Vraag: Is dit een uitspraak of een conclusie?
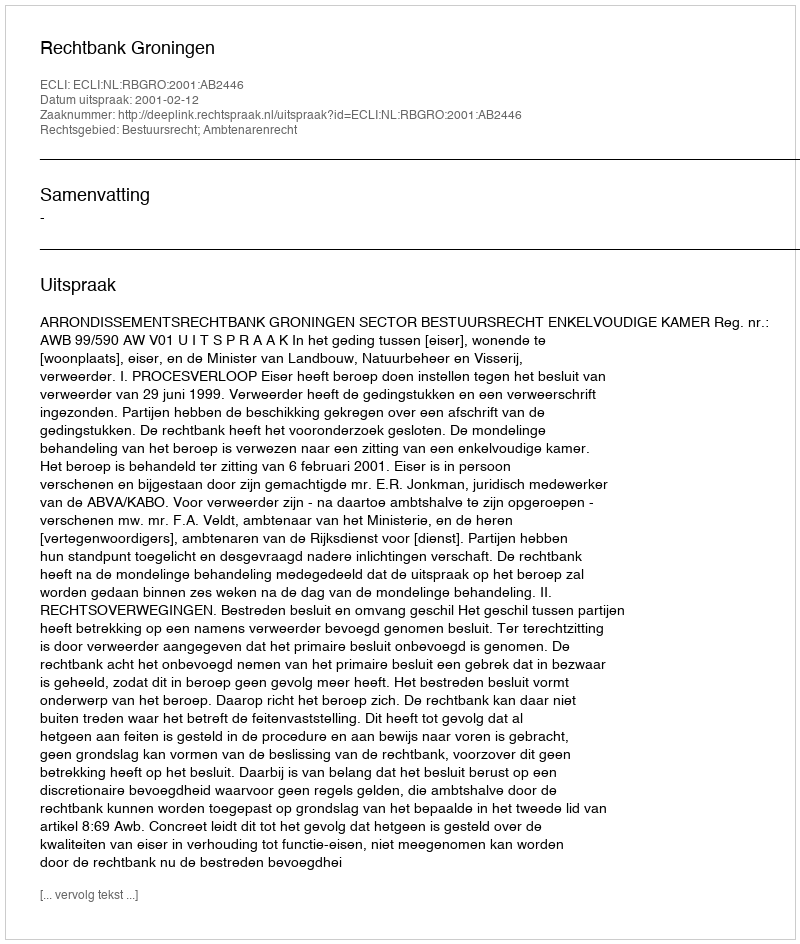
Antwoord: Uitspraak